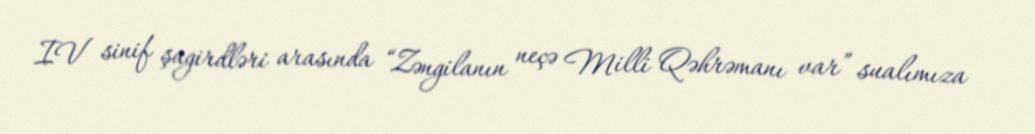
IV sinif şagirdləri arasında “Zəngilanın neçə Milli Qəhrəmanı var” sualımıza